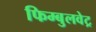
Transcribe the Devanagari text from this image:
फिम्बुलवेट्र